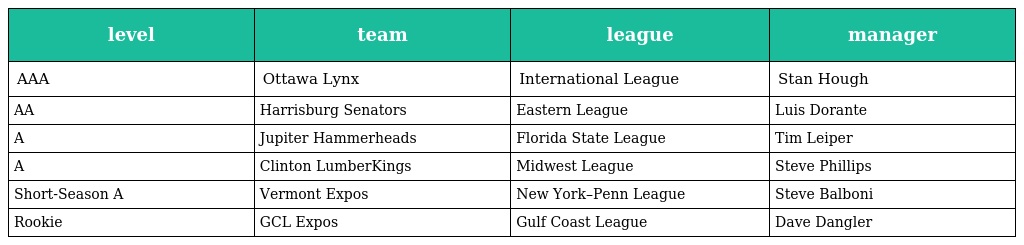
| level | team | league | manager |
 | --- | --- | --- | --- |
 | AAA | Ottawa Lynx | International League | Stan Hough |
 | AA | Harrisburg Senators | Eastern League | Luis Dorante |
 | A | Jupiter Hammerheads | Florida State League | Tim Leiper |
 | A | Clinton LumberKings | Midwest League | Steve Phillips |
 | Short-Season A | Vermont Expos | New York–Penn League | Steve Balboni |
 | Rookie | GCL Expos | Gulf Coast League | Dave Dangler |